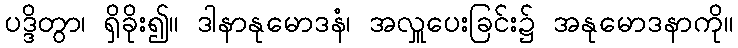
ပဒ္ဒိတွာ၊ ရှိခိုး၍။ ဒါနာနုမောဒနံ၊ အလှူပေးခြင်း၌ အနုမောဒနာကို။